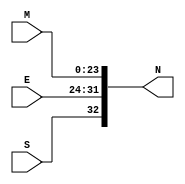
module vector_div
(
    input           S,              // --> sign
    input   [07:0]  E,              // --> Exponent
    input   [23:0]  M,              // --> Mantissa
    output  [32:0]  N               // --> out vector
);
    
assign N = {S,E,M};

endmodule //vector_div